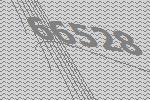
66528